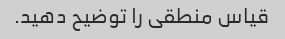
قیاس منطقی را توضیح دهید.